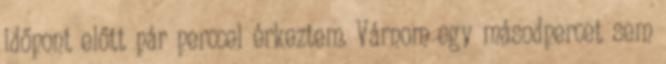
időpont előtt pár perccel érkeztem. Várnom egy másodpercet sem